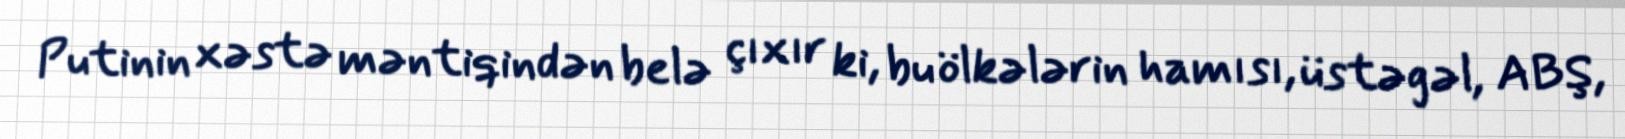
Putinin xəstə məntiqindən belə çıxır ki, bu ölkələrin hamısı, üstəgəl, ABŞ,